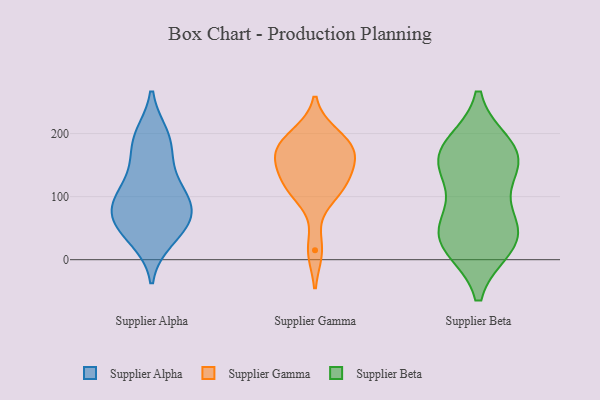
{"axis": {"x": "Website Visitors", "y": "Value"}, "legend": ["Supplier Alpha", "Supplier Beta", "Supplier Gamma"], "data": [{"x": "", "y": 86, "type": "Supplier Alpha"}, {"x": "", "y": 177, "type": "Supplier Alpha"}, {"x": "", "y": 86, "type": "Supplier Alpha"}, {"x": "", "y": 193, "type": "Supplier Alpha"}, {"x": "", "y": 138, "type": "Supplier Alpha"}, {"x": "", "y": 196, "type": "Supplier Alpha"}, {"x": "", "y": 85, "type": "Supplier Alpha"}, {"x": "", "y": 91, "type": "Supplier Alpha"}, {"x": "", "y": 62, "type": "Supplier Alpha"}, {"x": "", "y": 51, "type": "Supplier Alpha"}, {"x": "", "y": 33, "type": "Supplier Alpha"}, {"x": "", "y": 47, "type": "Supplier Alpha"}, {"x": "", "y": 119, "type": "Supplier Alpha"}, {"x": "", "y": 118, "type": "Supplier Gamma"}, {"x": "", "y": 149, "type": "Supplier Gamma"}, {"x": "", "y": 175, "type": "Supplier Gamma"}, {"x": "", "y": 172, "type": "Supplier Gamma"}, {"x": "", "y": 107, "type": "Supplier Gamma"}, {"x": "", "y": 114, "type": "Supplier Gamma"}, {"x": "", "y": 15, "type": "Supplier Gamma"}, {"x": "", "y": 198, "type": "Supplier Gamma"}, {"x": "", "y": 155, "type": "Supplier Gamma"}, {"x": "", "y": 186, "type": "Supplier Gamma"}, {"x": "", "y": 35, "type": "Supplier Beta"}, {"x": "", "y": 138, "type": "Supplier Beta"}, {"x": "", "y": 28, "type": "Supplier Beta"}, {"x": "", "y": 62, "type": "Supplier Beta"}, {"x": "", "y": 158, "type": "Supplier Beta"}, {"x": "", "y": 23, "type": "Supplier Beta"}, {"x": "", "y": 165, "type": "Supplier Beta"}, {"x": "", "y": 179, "type": "Supplier Beta"}, {"x": "", "y": 163, "type": "Supplier Beta"}, {"x": "", "y": 49, "type": "Supplier Beta"}]}